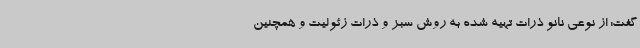
گفت: از نوعی نانو ذرات تهیه شده به روش سبز و ذرات زئولیت و همچنین